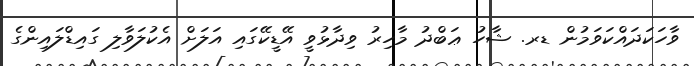
ވާހަކަދައްކަވަމުން ޑރ. ޝާހު ޢަބްދު މާހިރު ވިދާޅުވީ އޭޑީކޭގައި އަލަށް އެކުލަވާލި ގައިޑްލައިންގެ